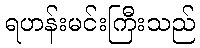
ရဟန်းမင်းကြီးသည်